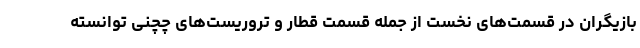
بازیگران در قسمت‌های نخست از جمله قسمت قطار و تروریست‌های چچنی توانسته